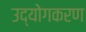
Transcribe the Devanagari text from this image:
उद्योगकरण